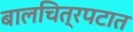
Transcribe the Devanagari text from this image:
बालचित्रपटात